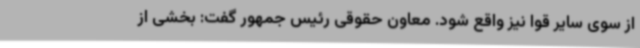
از سوی سایر قوا نیز واقع شود. معاون حقوقی رئیس جمهور گفت: بخشی از